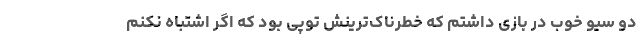
دو سیو خوب در بازی داشتم که خطرناک‌ترینش توپی بود که اگر اشتباه نکنم